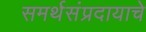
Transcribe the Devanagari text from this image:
समर्थसंप्रदायाचे